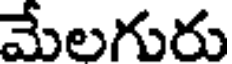
మేలగురు